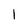
Character: 1